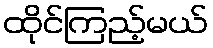
ထိုင်ကြည့်မယ်